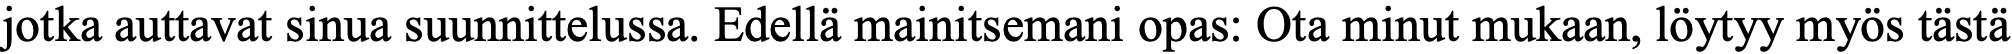
jotka auttavat sinua suunnittelussa. Edellä mainitsemani opas: Ota minut mukaan, löytyy myös tästä